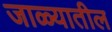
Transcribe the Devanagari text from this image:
जाळ्यातील